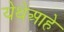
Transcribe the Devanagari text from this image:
येथेआहे